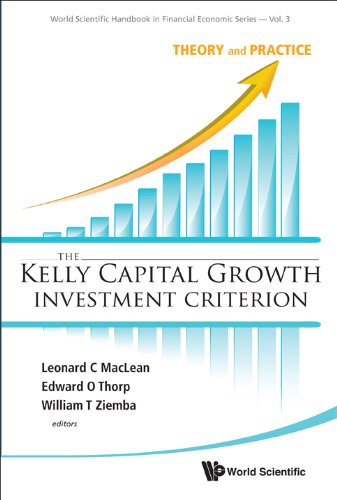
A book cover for The Kelly Capital Growth Investment Criterion: Theory and Practice (World Scientific Handbook in Financial Economics); Science & Math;